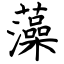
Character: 藻